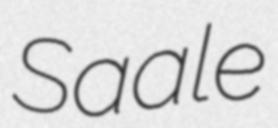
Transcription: Saale